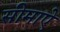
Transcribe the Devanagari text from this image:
सीमाऐ